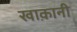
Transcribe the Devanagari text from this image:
खाक़ानी